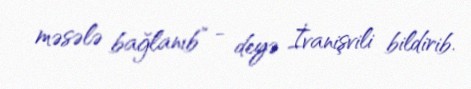
məsələ bağlanıb” - deyə İvanişvili bildirib.